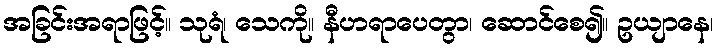
အခြင်းအရာဖြင့်။ သုရံ၊ သေကို။ နီဟရာပေတွာ၊ ဆောင်စေ၍။ ဥယျာနေ၊